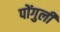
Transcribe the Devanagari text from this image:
पोंगुली